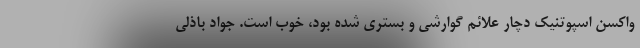
واکسن اسپوتنیک دچار علائم گوارشی و بستری شده بود، خوب است. جواد باذلی